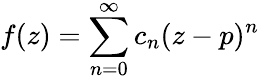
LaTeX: f(z)=\sum_{n=0}^{\infty}c_{n}(z-p)^{n}